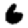
Digit: 6